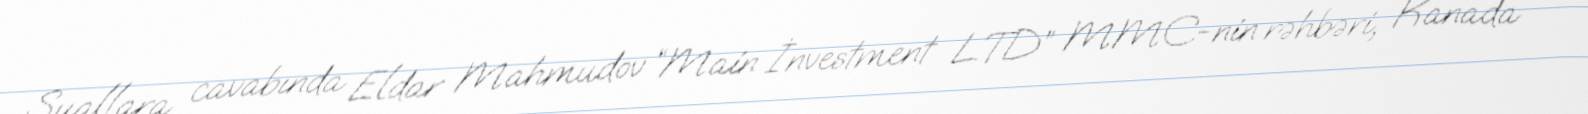
Suallara cavabında Eldar Mahmudov “Main İnvestment LTD” MMC-nin rəhbəri, Kanada